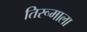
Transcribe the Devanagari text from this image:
तिरूमाला